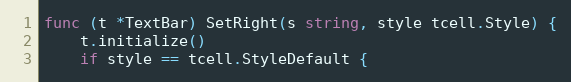
Language: Go
func (t *TextBar) SetRight(s string, style tcell.Style) {
	t.initialize()
	if style == tcell.StyleDefault {